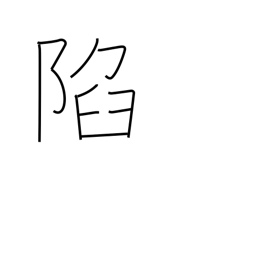
Meaning: fall (castle)